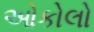
ઓકોલો